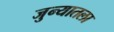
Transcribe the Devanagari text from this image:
जुन्यातला